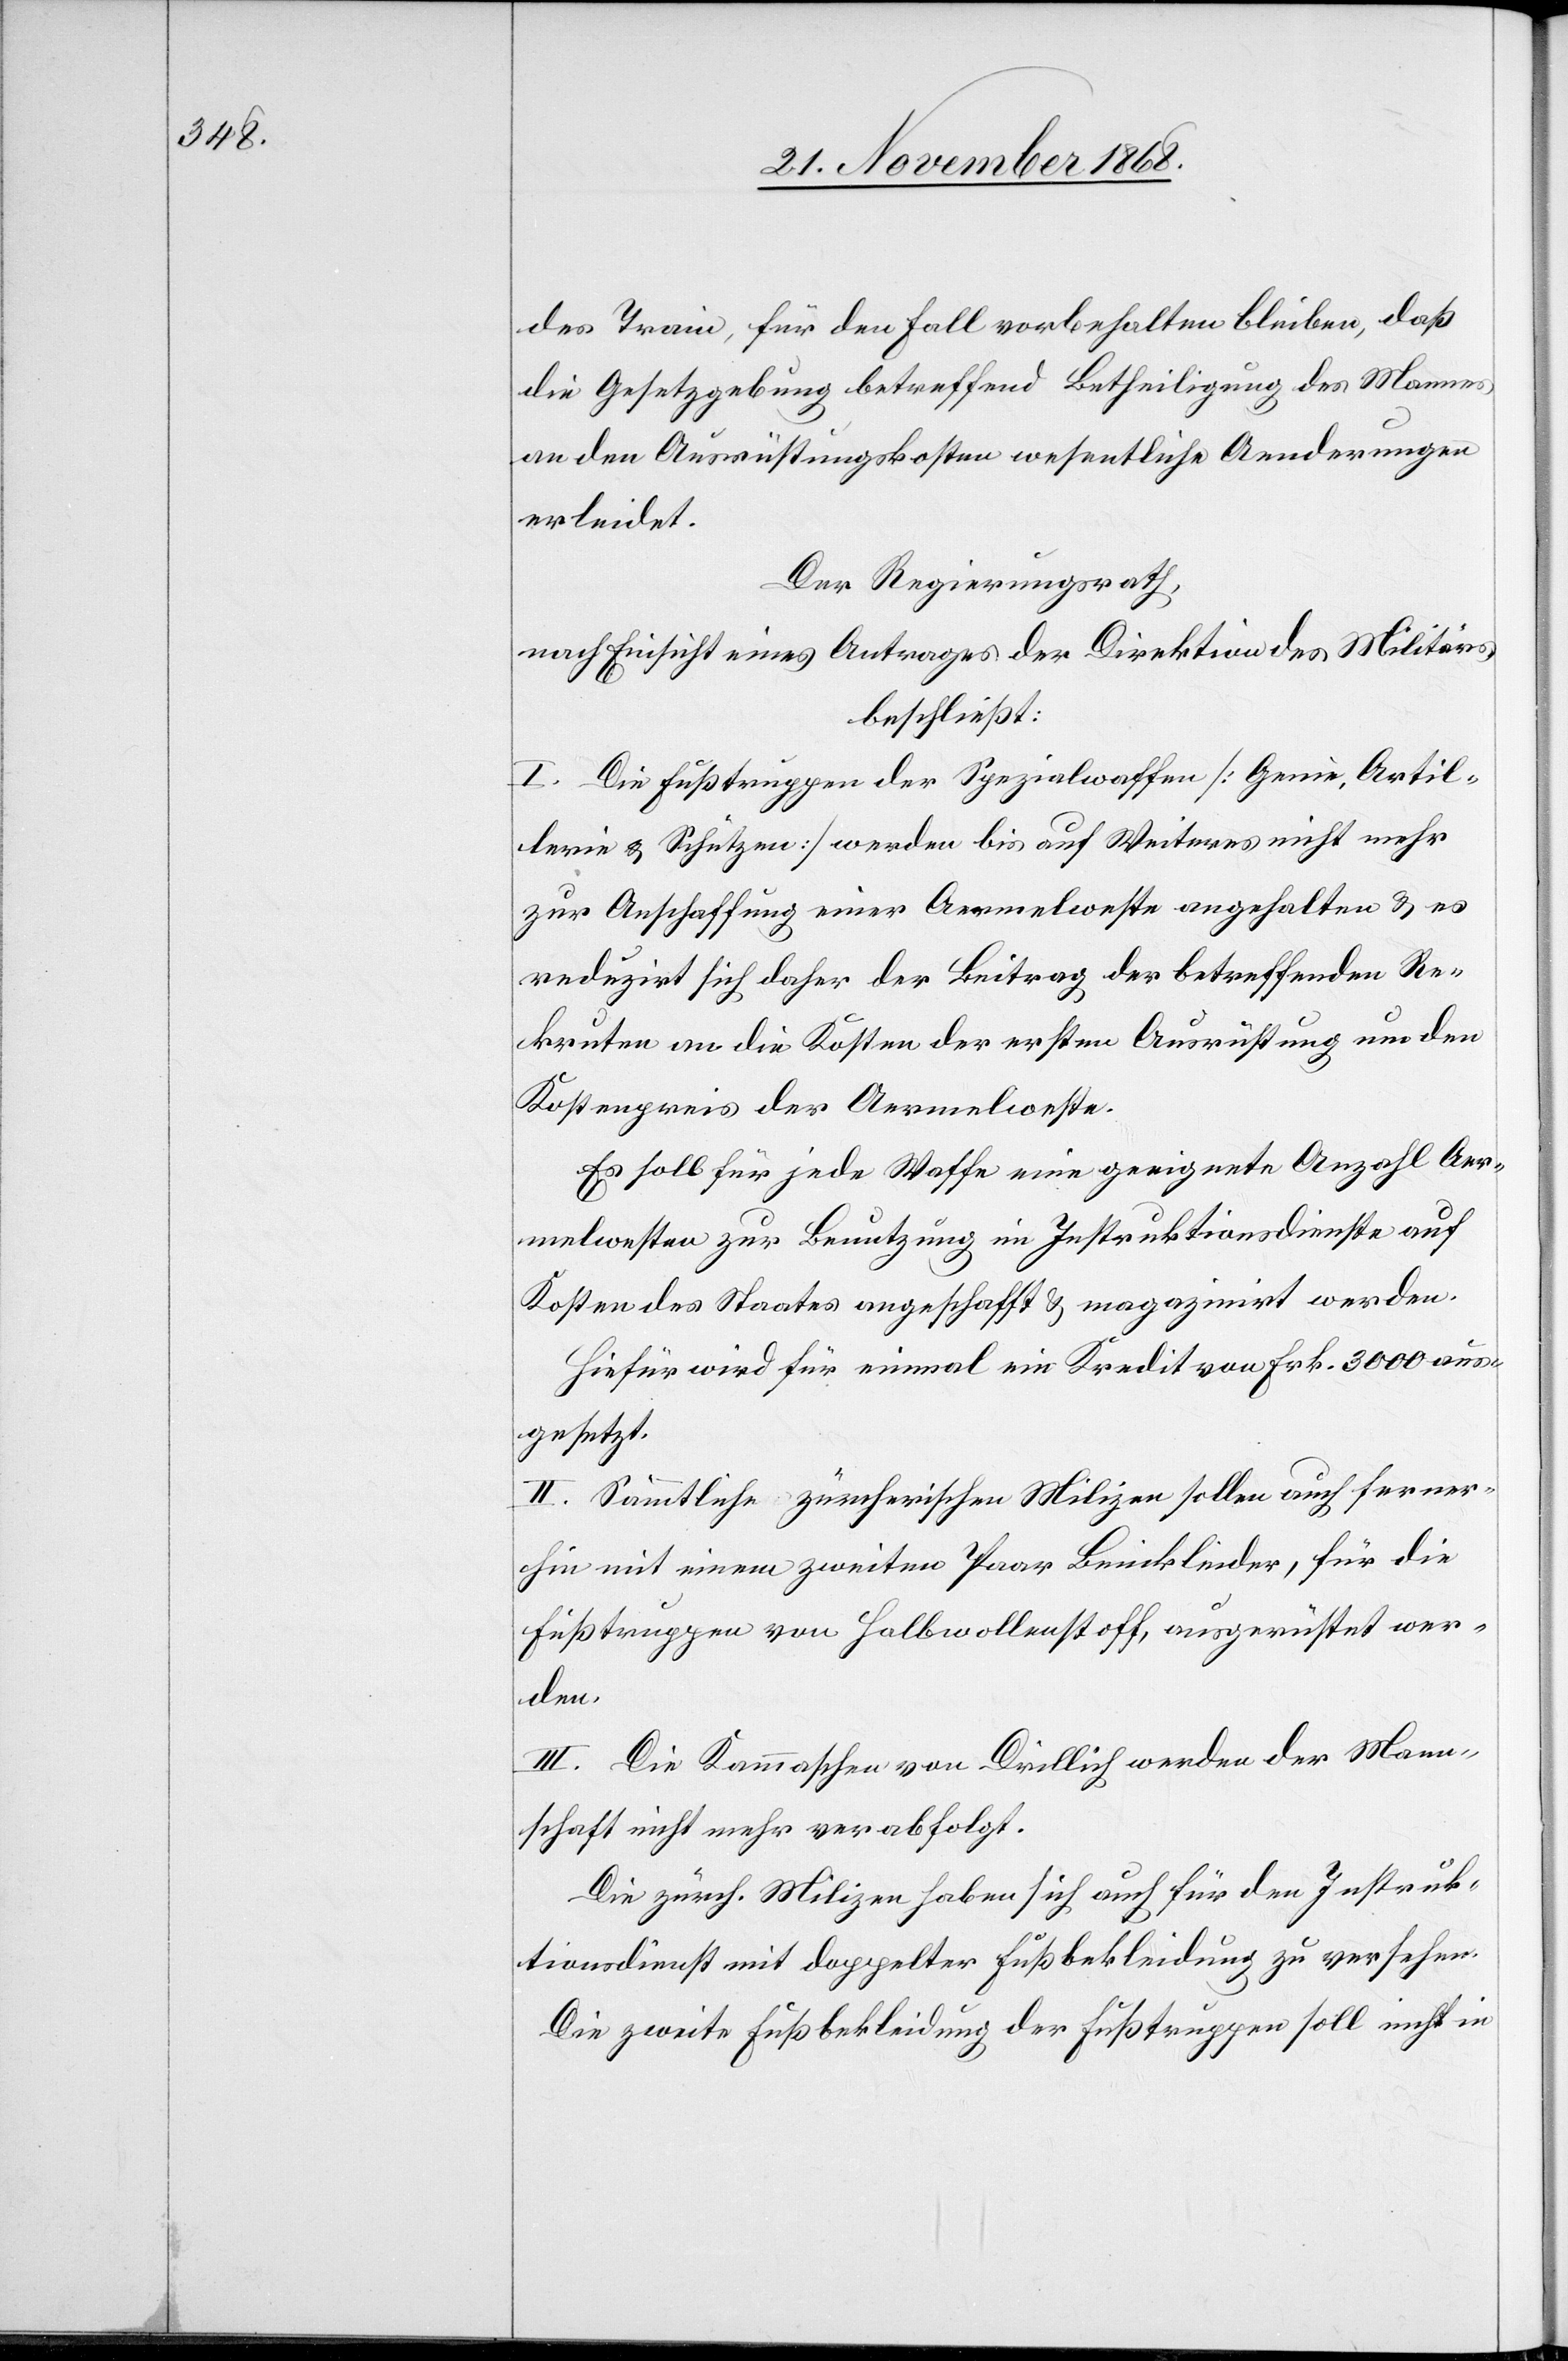
des Train, für den Fall vorbehalten bleiben, daß
die Gesetzgebung betreffend Betheiligung des Mannes
an den Ausrüstungskosten wesentliche Aenderungen
erleidet.
Der Regierungsrath,
nach Einsicht eines Antrages der Direktion des Militärs,
beschließt:
I. Die Fußtruppen der Spezialwaffen [Genie, Artil¬
lerie & Schützen] werden bis auf Weiteres nicht mehr
zur Anschaffung einer Aermelweste angehalten & es
reduzirt sich daher der Beitrag der betreffenden Re¬
kruten an die Kosten der ersten Ausrüstung um den
Kostenpreis der Aermelweste.
Es soll für jede Waffe eine geeignete Anzahl Aer¬
melwesten zur Benutzung im Instruktionsdienste auf
Kosten des Staates angeschafft & magazinirt werden.
Hiefür wird für einmal ein Kredit von Frk. 3000 aus¬
gesetzt.
II. Sämmtliche zürcherischen Milizen sollen auch ferner¬
hin mit einem zweiten Paar Beinkleider, für die
Fußtruppen von Halbwollenstoff, ausgerüstet wer¬
den.
III. Die Kammaschen von Drillich werden der Mann¬
schaft nicht mehr verabfolgt.
Die zürch. Milizen haben sich auch für den Instruk¬
tionsdienst mit doppelter Fußbekleidung zu versehen.
Die zweite Fußbekleidung der Fußtruppen soll nicht in